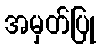
အမှတ်ပြု